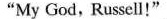
"My God, Russell!"